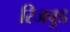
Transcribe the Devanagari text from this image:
रिजवुड